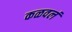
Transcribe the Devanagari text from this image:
कळवलं